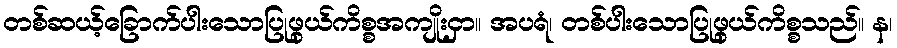
တစ်ဆယ့်ခြောက်ပါးသောပြုဖွယ်ကိစ္စအကျိုးငှာ။ အပရံ၊ တစ်ပါးသောပြုဖွယ်ကိစ္စသည်။ န၊